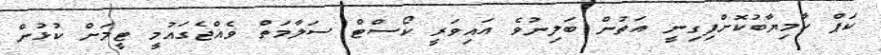
ކަޕް ކާމިޔާބުކޮށްފިގިނީ އަތުން ބަލިނުވެ އައިވަރީ ކޯސްޓް ސަލާމަތް ވެއްޖެގައުމީ ޓީމަށް ކުޅުން